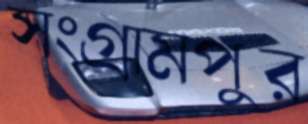
সংগ্রামপুর